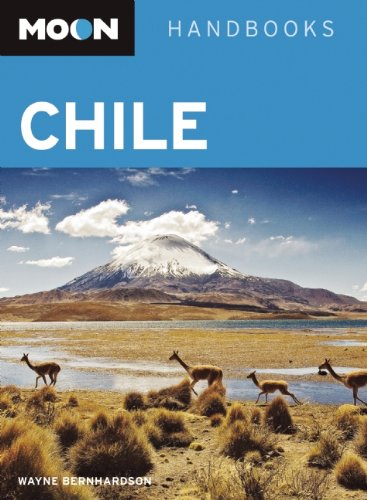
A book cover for Moon Chile: Including Easter Island (Moon Handbooks); Wayne Bernhardson; Travel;